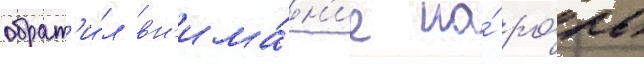
обрат'и́л вн'има́н'ие на́ ро́ль